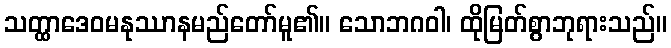
သတ္ထာဒေဝမနုဿာနမည်တော်မူ၏။ သောဘဂဝါ၊ ထိုမြတ်စွာဘုရားသည်။